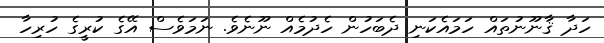
ހަދާ ޤާނޫނުތައް ހަމައެކަނި ދެބަހުން ހެދުމެއް ނޫނެވެ. ނަމަވެސް އޭގެ ކުރީގެ ހުރިހާ